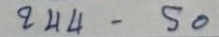
244 - 50